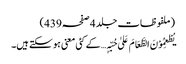
(ملفوظات جلد 4صفحہ439)
یُطْعِمُوْنَ الطَّعَامَ عَلیٰ حُبِّہٖ… کے کئی معنی ہو سکتے ہیں۔